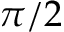
\pi / 2